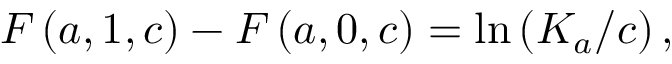
F \left( a , 1 , c \right) - F \left( a , 0 , c \right) = \ln \left( K _ { a } / c \right) ,